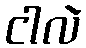
ငါလဲ